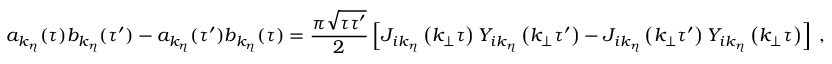
a _ { k _ { \eta } } ( \tau ) b _ { k _ { \eta } } ( \tau ^ { \prime } ) - a _ { k _ { \eta } } ( \tau ^ { \prime } ) b _ { k _ { \eta } } ( \tau ) = \frac { \pi \sqrt { \tau \tau ^ { \prime } } } { 2 } \left[ J _ { i k _ { \eta } } \left( k _ { \bot } \tau \right) Y _ { i k _ { \eta } } \left( k _ { \bot } \tau ^ { \prime } \right) - J _ { i k _ { \eta } } \left( k _ { \bot } \tau ^ { \prime } \right) Y _ { i k _ { \eta } } \left( k _ { \bot } \tau \right) \right] \; ,